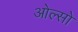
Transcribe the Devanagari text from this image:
ओल्सो